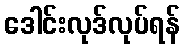
ဒေါင်းလုဒ်လုပ်ရန်